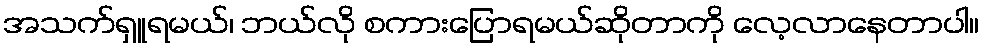
အသက်ရှူရမယ်၊ ဘယ်လို စကားပြောရမယ်ဆိုတာကို လေ့လာနေတာပါ။